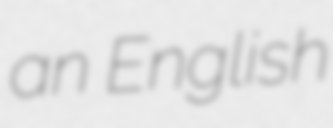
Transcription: an English